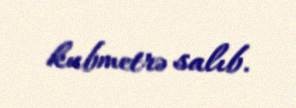
kubmetrə salıb.